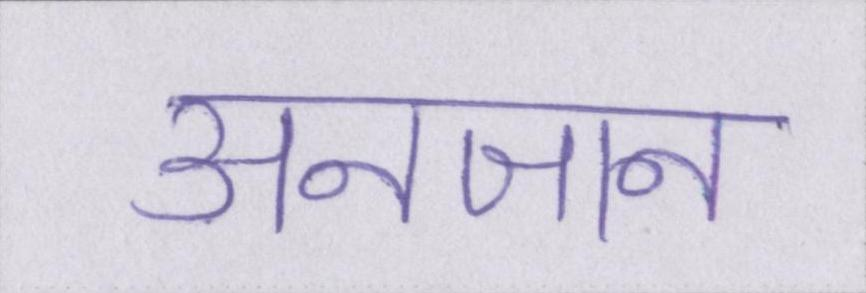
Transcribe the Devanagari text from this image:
अनजान